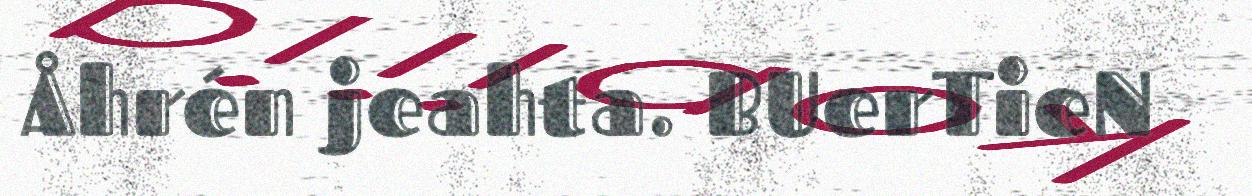
Åhrén jeahta. BUerTieN